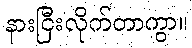
နားငြီးလိုက်တာကွာ။